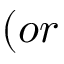
( o r